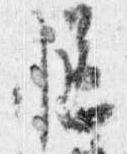
慥